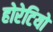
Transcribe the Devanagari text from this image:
होरेटियो